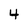
Character: 4